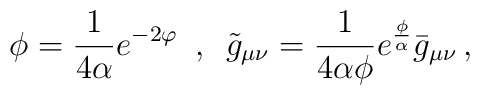
\phi = \frac{1}{4\alpha}e^{-2\varphi} \,\,\, , \,\,\,\tilde g_{\mu \nu} = \frac{1}{4\alpha \phi} e^{\frac {\phi}{\alpha} }\bar g_{\mu \nu}\, ,